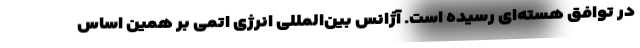
در توافق هسته‌ای رسیده است. آژانس بین‌المللی انرژی اتمی بر همین اساس